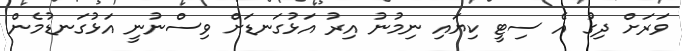
ވަރަށް ދިގު އެ ސިޓީ ކިޔައި ނިމުނު އިރު އަޅުގަނޑަށް ވިސްނުނީ އަޅުގަނޑުމެން